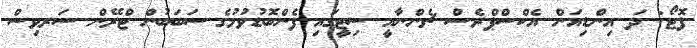
ފޮޓޯ: ދަ އިންޑިއަން އެކްސްޕްރެސް ޗެންނާއީ ސިޓީގައި ފެންބޮޑުވުމުގެ ސަބަބުން ޓްރޭން ސަރވިސް